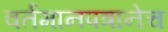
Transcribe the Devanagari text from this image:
वर्तमानपत्रानेच